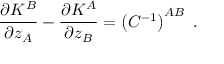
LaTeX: \frac { \partial K ^ { B } } { \partial z _ { A } } - \frac { \partial K ^ { A } } { \partial z _ { B } } = \left( C ^ { - 1 } \right) ^ { A B } \ .